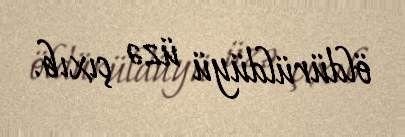
öldürüldüyü üzə çıxıb.